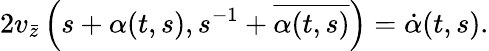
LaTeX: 2v_{\bar{z}}\left(s+\alpha(t,s),s^{-1}+\overline{{{\alpha(t,s)}}}\right)=\dot{\alpha}(t,s).